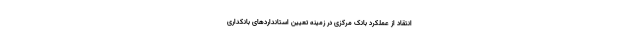
انتقاد از عملکرد بانک مرکزی در زمینه تعیین استانداردهای بانکداری